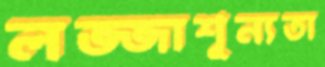
লজ্জাশূন্যতা